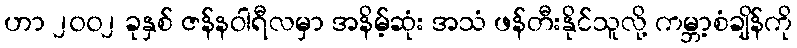
ဟာ ၂၀၀၂ ခုနှစ် ဇန်နဝါရီလမှာ အနိမ့်ဆုံး အသံ ဖန်တီးနိုင်သူလို့ ကမ္ဘာ့စံချိန်ကို